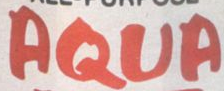
AQUA